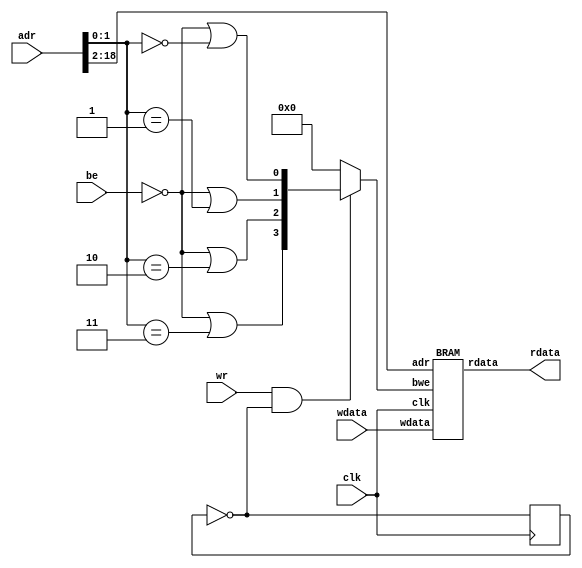
//
// Embedded Project Oberon OS 
// Astrobe for RISC5 v8.0
// CFB Software 
// https://www.astrobe.com
//
// CFB 14.10.2021 512 KB version
`timescale 1ns / 1ps 
 
module RAM (
  input clk,
  input wr,
  input be,
  input [18:0] adr,
  input [31:0] wdata,
  output [31:0] rdata);

wire [3:0] byte_en, bwe;
reg clkdiv2;

assign byte_en = {(~be | (adr[1:0] == 2'b11)),
                  (~be | (adr[1:0] == 2'b10)),
                  (~be | (adr[1:0] == 2'b01)),
                  (~be | (adr[1:0] == 2'b00))};

assign bwe = (wr & ~clkdiv2) ? byte_en : 4'b0000;

BRAM bram (.clk(clk), .adr(adr[18:2]), .bwe(bwe), .wdata(wdata), .rdata(rdata));

always @(posedge clk) clkdiv2 <= ~clkdiv2; 

endmodule


module BRAM (clk, adr, bwe, wdata, rdata);
input clk;
input [16:0] adr;
input [3:0] bwe;
input [31:0] wdata;
output reg [31:0] rdata;

reg [3:0] we [0:3];
wire [31:0] do [0:3];
integer i;

always @ (adr or bwe or do[0] or do[1] or do[2] or do[3]) begin
  for (i = 0; i <= 3; i = i + 1) begin
    we[i] = 4'b0000;
  end;
  rdata = do[adr[16:15]];
  we[adr[16:15]] = bwe;
end

ram_32Kx32 block0  (.clk(clk), .we(we[0]), .a(adr[14:0]), .di(wdata), .do(do[0]));
ram_32Kx32 block1  (.clk(clk), .we(we[1]), .a(adr[14:0]), .di(wdata), .do(do[1]));
ram_32Kx32 block2  (.clk(clk), .we(we[2]), .a(adr[14:0]), .di(wdata), .do(do[2]));
ram_32Kx32 block3  (.clk(clk), .we(we[3]), .a(adr[14:0]), .di(wdata), .do(do[3]));

endmodule

module ram_32Kx32 (clk, we, a, di, do);
input clk;
input [3:0] we;
input [14:0] a;
input [31:0] di;
output [31:0] do;

ram_32Kx8 ram0 (.clk(clk), .we(we[0]), .a(a), .di(di[7:0]),   .do(do[7:0]));
ram_32Kx8 ram1 (.clk(clk), .we(we[1]), .a(a), .di(di[15:8]),  .do(do[15:8]));
ram_32Kx8 ram2 (.clk(clk), .we(we[2]), .a(a), .di(di[23:16]), .do(do[23:16]));
ram_32Kx8 ram3 (.clk(clk), .we(we[3]), .a(a), .di(di[31:24]), .do(do[31:24]));

endmodule

module ram_32Kx8 (clk, we, a, di, do);
input clk;
input we;
input [14:0] a;
input [7:0] di;
output reg [7:0] do;

reg [7:0] ram [0:32767];

always @(posedge clk) begin 
  if (we)
    ram[a] <= di; 
  do <= ram[a];
end

endmodule